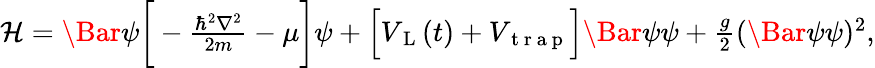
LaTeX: \begin{array}{r}{\mathcal{H}=\Bar{\psi}\bigg[-\frac{\hbar^{2}\nabla^{2}}{2m}-\mu\bigg]\psi+\Big[{V}_{\mathrm{~L~}}(t)+{V}_{\mathrm{~t~r~a~p~}}\Big]\Bar{\psi}\psi+\frac{g}{2}(\Bar{\psi}\psi)^{2},}\end{array}